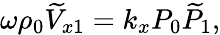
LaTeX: \omega\rho_{0}\widetilde{V}_{x1}=k_{x}P_{0}\widetilde{P}_{1},